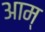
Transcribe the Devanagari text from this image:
आम्